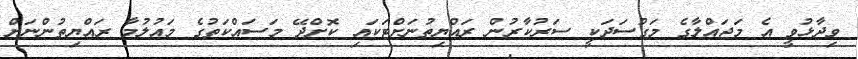
ވިދާޅުވީ އެ މަޖައްލާގެ މަގުސަދަކީ ސަރުކާރުން ރައްޔިތުނަށްޓަކައި ކޮށްދޭ މަސައްކަތުގެ މައުލުމާ ރައްޔިތުންނަށް